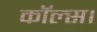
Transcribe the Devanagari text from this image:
कॉल्‍स।